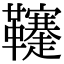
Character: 𩎅